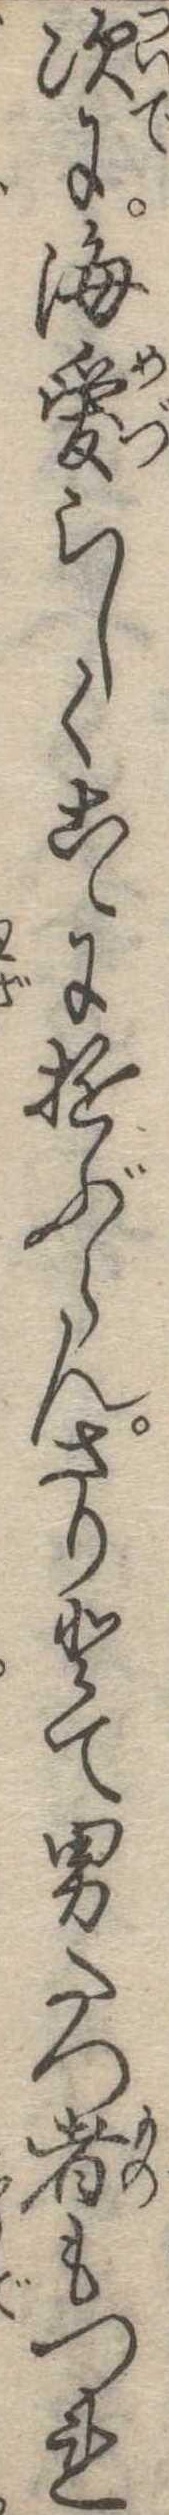
次に海愛らしくこゝに遊ぶらんさりとて男たつ者もつれ